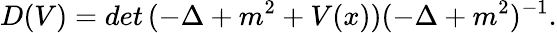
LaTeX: D(V)=det\, (-\Delta+m^{2}+V(x))(-\Delta+m^{2})^{-1}.